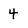
Character: 4